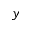
y